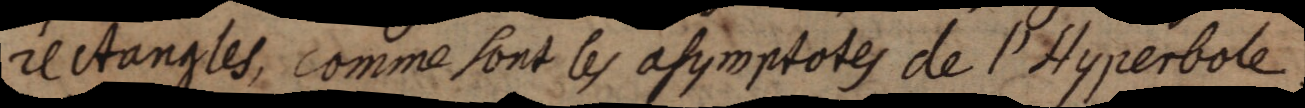
rectangles, comme sont les asymptotes de l’Hyperbole